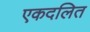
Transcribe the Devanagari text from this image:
एकदलित